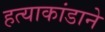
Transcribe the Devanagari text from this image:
हत्याकांडाने